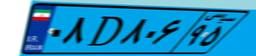
۰۸D۸۰۶۹۵